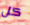
كل